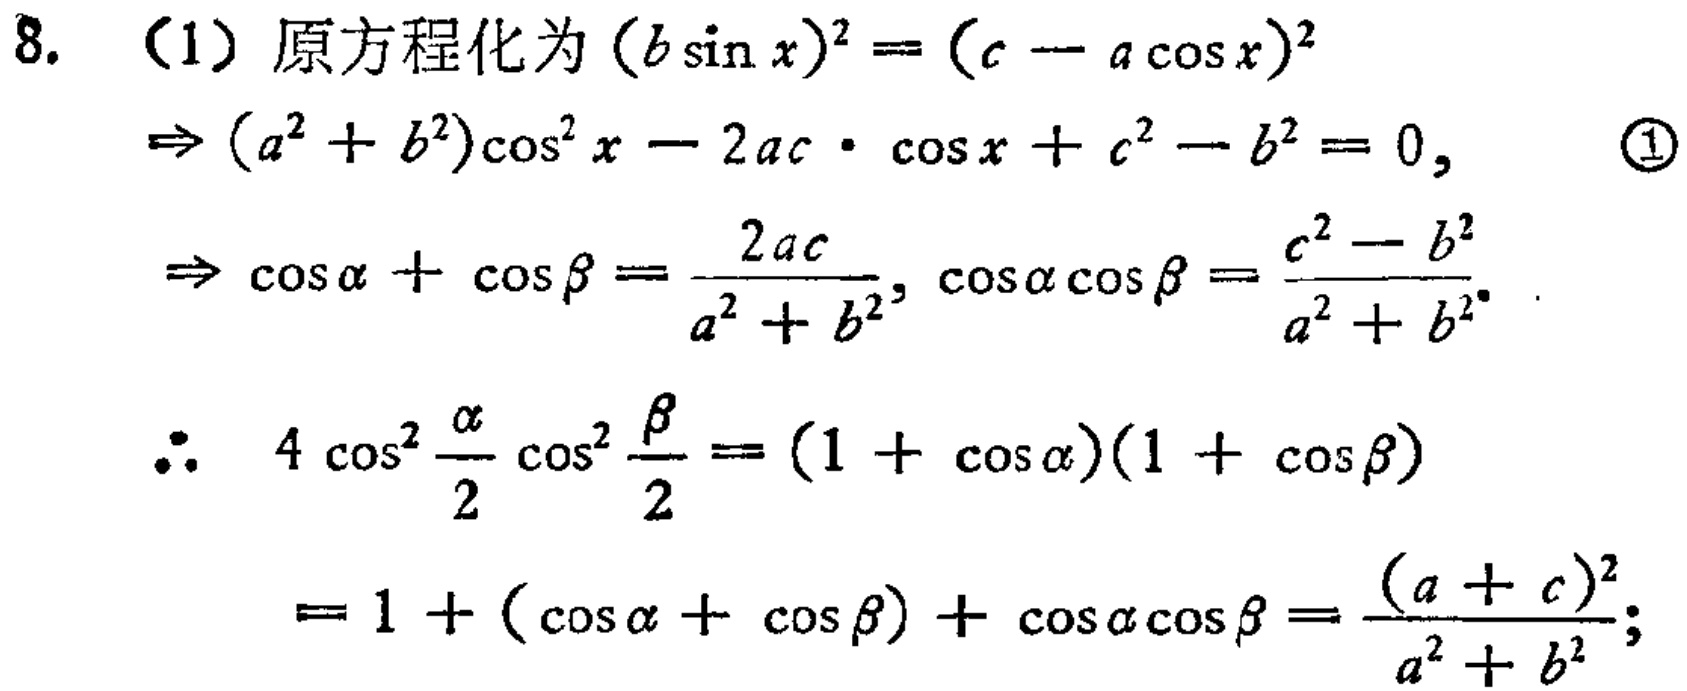
8. （1）原方程化为\((b\sin x)^2 = (c - a\cos x)^2\)
\(\Rightarrow (a^2 + b^2)\cos^2 x - 2ac\cdot\cos x + c^2 - b^2 = 0,\) \textcircled{1}
\(\Rightarrow \cos\alpha + \cos\beta = \frac{2ac}{a^2 + b^2}, \cos\alpha\cos\beta = \frac{c^2 - b^2}{a^2 + b^2}\)
\(\therefore 4\cos^2\frac{\alpha}{2}\cos^2\frac{\beta}{2} = (1 + \cos\alpha)(1 + \cos\beta)\)
\(= 1 + (\cos\alpha + \cos\beta) + \cos\alpha\cos\beta = \frac{(a + c)^2}{a^2 + b^2};\)